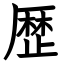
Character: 歴